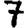
Digit: 7